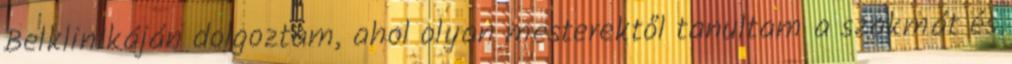
Belklinikáján dolgoztam, ahol olyan mesterektől tanultam a szakmát és